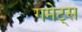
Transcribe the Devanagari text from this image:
गमेट्स